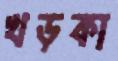
খড়কা